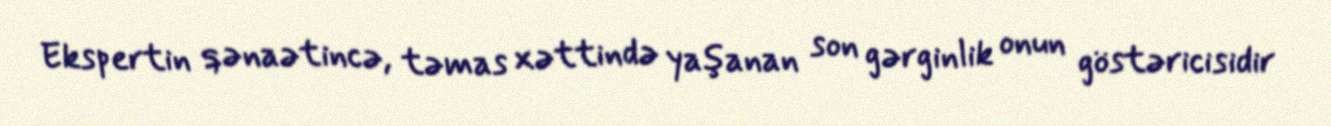
Ekspertin qənaətincə, təmas xəttində yaşanan son gərginlik onun göstəricisidir